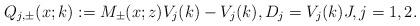
LaTeX: \begin{align*}Q_{j,\pm}(x;k):=M_{\pm}(x;z) V_j(k)-V_j(k), D_j=V_j(k)J,j=1,2.\end{align*}